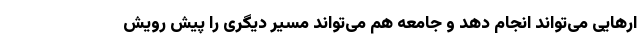
ارهایی می‌تواند انجام دهد و جامعه هم می‌تواند مسیر دیگری را پیش رویش